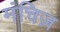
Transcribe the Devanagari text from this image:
मंचिज़